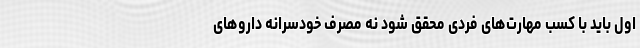
اول باید با کسب مهارت‌های فردی محقق شود نه مصرف خودسرانه داروهای